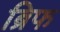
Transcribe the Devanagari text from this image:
ब्रिफ